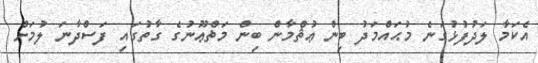
އެކަމާ ލަދުފުޅުގަނެ މުޙައްމަދު ބިން ޢުޘްމާން ބިން މަޡްޢޫނުގެ ގާތުގައި ފަސްދާނަ ލުމަށް